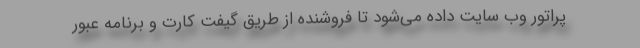
پراتور وب سایت داده می‌شود تا فروشنده از طریق گیفت کارت و برنامه عبور